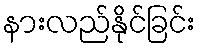
နားလည်နိုင်ခြင်း